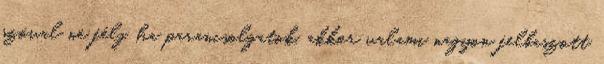
szóval ne félj, ha parancsolgatok, akkor valami nagyon felbaszott